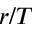
r / T